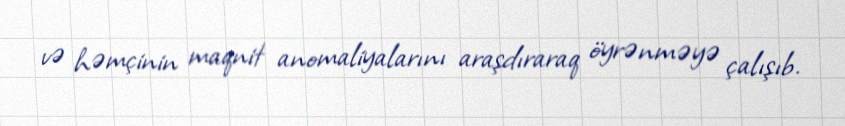
və həmçinin maqnit anomaliyalarını araşdıraraq öyrənməyə çalışıb.